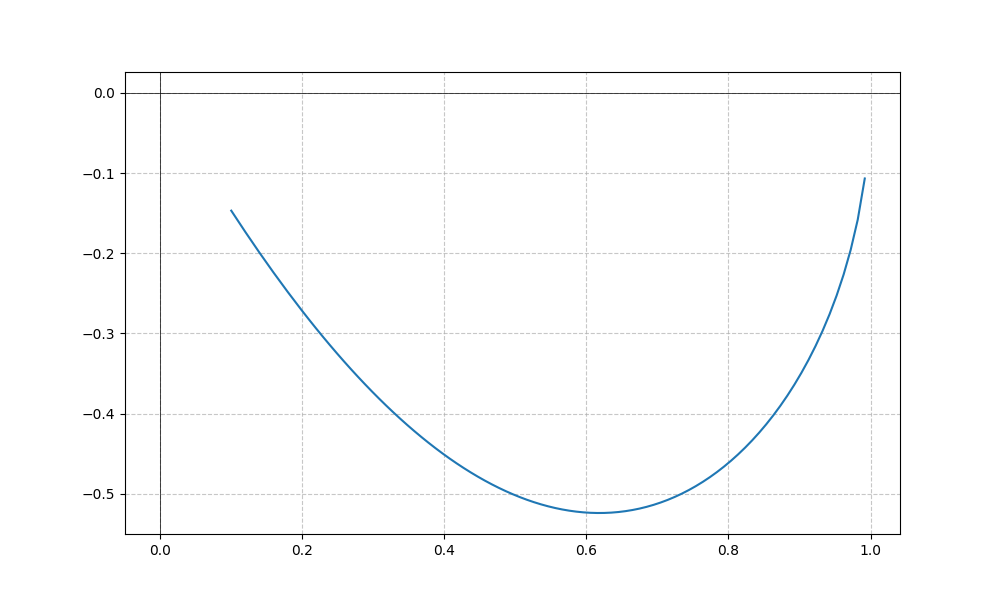
LaTeX formula: - \sin{\left(x \right)} \operatorname{acos}{\left(x \right)}